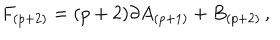
LaTeX: F _ { ( p + 2 ) } = ( p + 2 ) \partial A _ { ( p + 1 ) } + B _ { ( p + 2 ) } \, ,